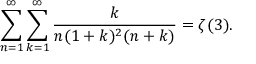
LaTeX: \sum _ { n = 1 } ^ { \infty } \sum _ { k = 1 } ^ { \infty } \frac { k } { n ( 1 + k ) ^ { 2 } ( n + k ) } = \zeta ( 3 ) .